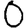
Digit: 0